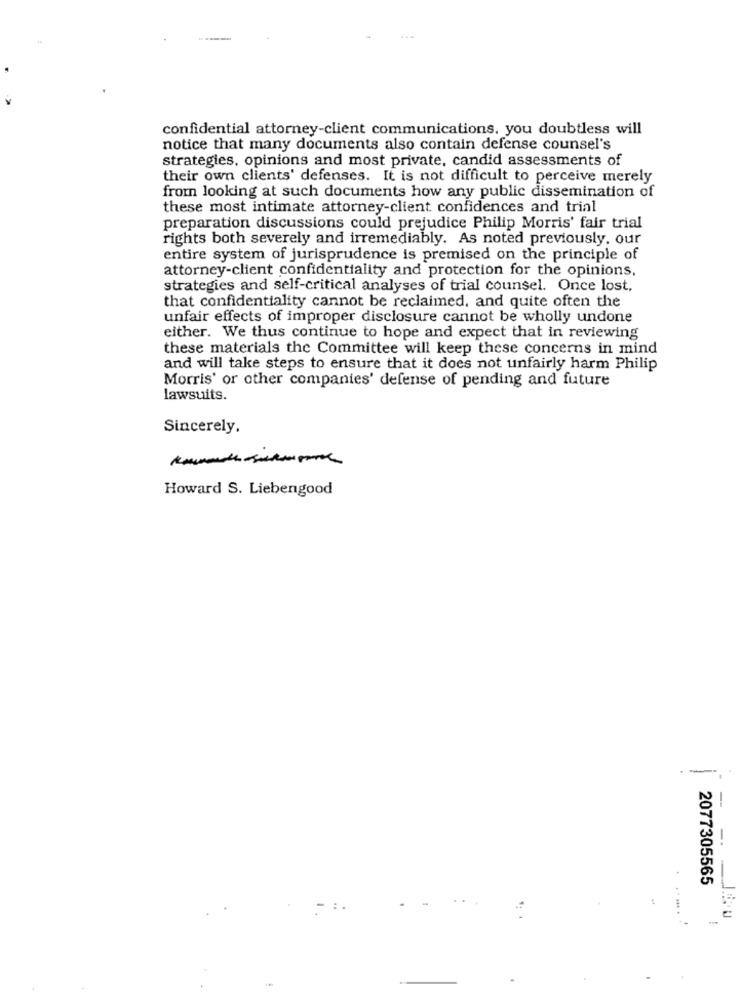
confidential attorney-client communications, you doubtless will
notice that many documents also contain defense counsel's
strategies, opinions and most private, candid assessments of
their own clients' defenses. It is not difficult to perceive merely
from looking at such documents how any public dissemination of
these most intimate attorney-client confidences and trial
preparation discussions could prejudice Philip Morris' fair trial
rights both severely and irremediably. As noted previously, our
entire system of jurisprudence is premised on the principle of
attorney-client confidentiality and protection for the opinions,
strategies and self-critical analyses of trial counsel. Once lost.
that confidentiality cannot be reclaimed, and quite often the
unfair effects of improper disclosure cannot be wholly undone
either. We thus continue to hope and expect that in reviewing
these materials the Committee will keep these concerns in mind
and will take steps to ensure that it does not unfairly harm Philip
Morris' or other companies' defense of pending and future
lawsuits.
Sincerely.
Howard S. Liebengood
--
2077305565